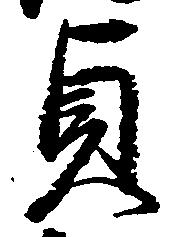
貞